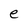
Character: e